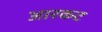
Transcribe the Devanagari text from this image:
आरकट